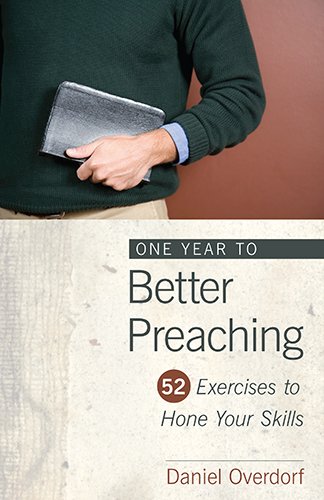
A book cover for One Year to Better Preaching: 52 Exercises to Hone Your Skills; Daniel Overdorf; Christian Books & Bibles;